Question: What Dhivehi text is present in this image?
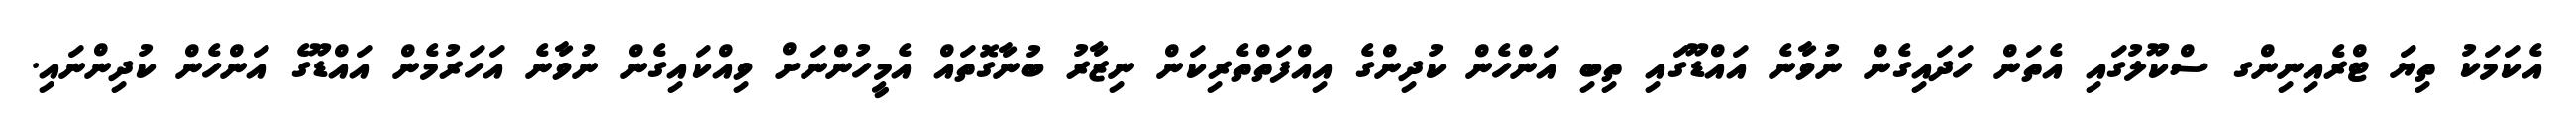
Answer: އެކަމަކު ތިޔަ ޓްރެއިނިންގ ސްކޫލުގައި އެތަން ހަދައިގެން ނުވާނެ އައްޑޫގައި ތިބި އަންހެން ކުދިންގެ އިއްފަތްތެރިކަން ނިޒާރު ބުނާގޮތައް އެމީހުންނަށް ވިއްކައިގެން ނުވާނެ އަހަރުމެން އައްޑޫގެ އަންހެން ކުދިންނައި.